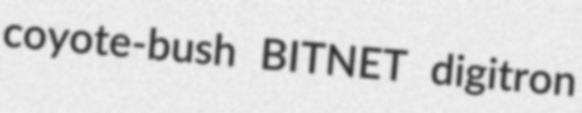
coyote-bush BITNET digitron